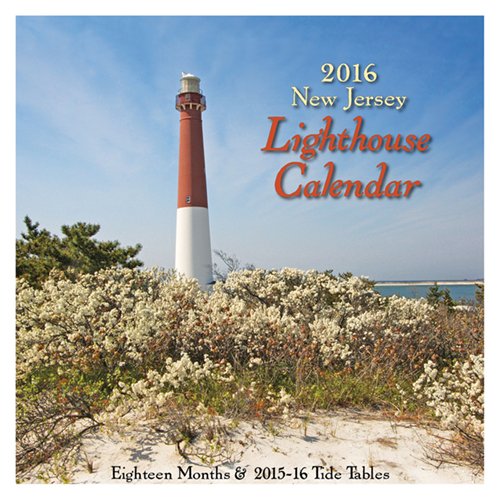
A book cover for New Jersey Lighthouse Calendar 2016; Down The Shore; Calendars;